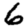
Digit: 6